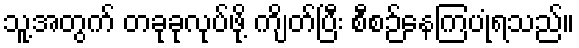
သူ့အတွက် တခုခုလုပ်ဖို့ ကျိတ်ပြီး စီစဉ်နေကြပုံရသည်။